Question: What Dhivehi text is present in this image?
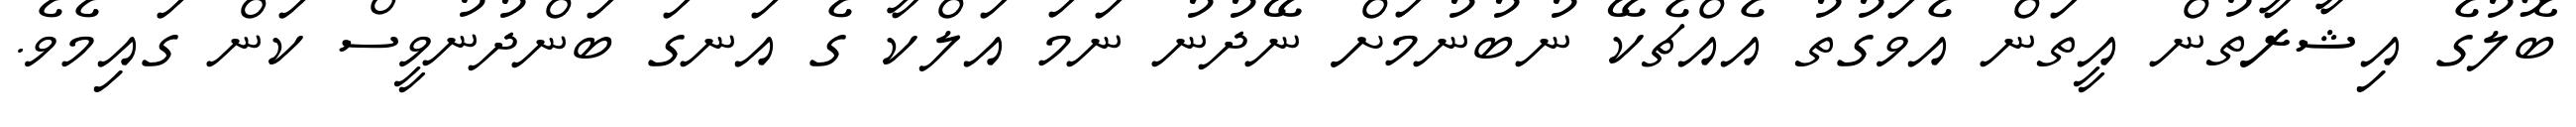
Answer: ބޮލުގެ އިޝާރާތުން އީތަން އެވަގުތު އެއްޗެކޭ ނުބުނުމަށް ނޭދުނު ނަމަ އަލްކާ ގެ އަނގަ ބަންދުނުވީސް ކަން ގައިމެވެ.